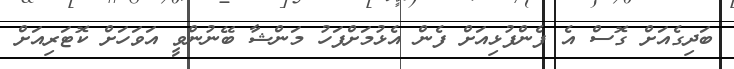
ބަދިގެއަށް ގޮސް އެ ފެންފުޅިއަށް ފެން އެޅުމަށްފަހު މަންޝާ ބޭނުންވީ އަވަހަށް ކޮޓަރިއަށް